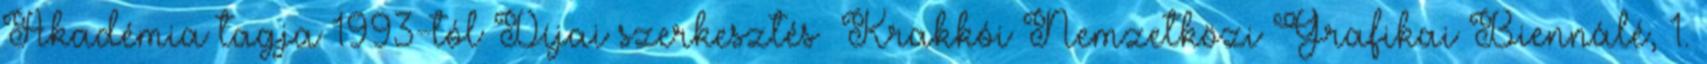
Akadémia tagja 1993-tól Díjai szerkesztés Krakkói Nemzetközi Grafikai Biennálé, 1.